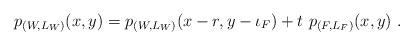
LaTeX: \begin{align*}p_{(W,L_W)}(x,y)=p_{(W,L_W)}(x-r,y-\iota_F)+t\ p_{(F,L_F)}(x,y)\ .\end{align*}